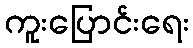
ကူးပြောင်းရေး